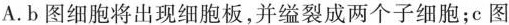
A.b图细胞将出现细胞板，并缢裂成两个子细胞；c图